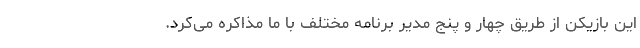
این بازیکن از طریق چهار و پنج مدیر برنامه‌ مختلف با ما مذاکره می‌کرد.